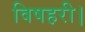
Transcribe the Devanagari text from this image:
विषहरी।